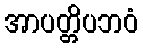
အာပတ္တိပဘဝံ